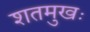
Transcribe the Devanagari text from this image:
शतमुखः